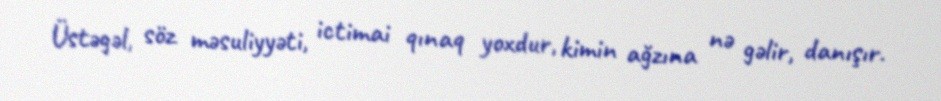
Üstəgəl, söz məsuliyyəti, ictimai qınaq yoxdur, kimin ağzına nə gəlir, danışır.